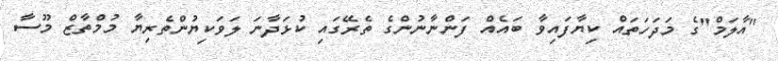
"އާލަމް"ގެ މަދަހަތައް ކިޔާފައިވާ ބައެއް ފަންނާނުންގެ ތެރޭގައި ކުޅަދާނަ ލަވަކިޔުންތެރިޔާ މުމްތާޒް މޫސާ